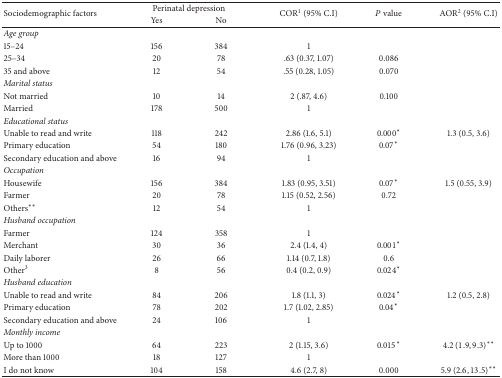
<table><thead><tr><td rowspan="2"><b>Sociodemographic factors</b></td><td colspan="2"><b> Perinatal depression</b></td><td rowspan="2"><b>COR<sup>1</sup> (95% C.I)</b></td><td rowspan="2"><b><i>P</i> value</b></td><td rowspan="2"><b>AOR<sup>2</sup> (95% C.I)</b></td></tr><tr><td><b>Yes</b></td><td><b>No</b></td></tr></thead><tbody><tr><td><i>Age group </i></td><td> </td><td> </td><td> </td><td> </td><td> </td></tr><tr><td>15–24</td><td>156</td><td>384</td><td>1</td><td> </td><td> </td></tr><tr><td>25–34</td><td>20</td><td>78</td><td>.63 (0.37, 1.07)</td><td>0.086</td><td> </td></tr><tr><td>35 and above</td><td>12</td><td>54</td><td>.55 (0.28, 1.05)</td><td>0.070</td><td> </td></tr><tr><td><i>Marital status </i></td><td> </td><td> </td><td> </td><td> </td><td> </td></tr><tr><td>Not married</td><td>10</td><td>14</td><td>2 (.87, 4.6)</td><td>0.100</td><td> </td></tr><tr><td>Married</td><td>178</td><td>500</td><td>1</td><td> </td><td> </td></tr><tr><td><i>Educational status</i></td><td> </td><td> </td><td> </td><td> </td><td> </td></tr><tr><td>Unable to read and write</td><td>118</td><td>242</td><td>2.86 (1.6, 5.1)</td><td>0.000<sup><i>∗</i></sup></td><td>1.3 (0.5, 3.6)</td></tr><tr><td>Primary education</td><td>54</td><td>180</td><td>1.76 (0.96, 3.23)</td><td>0.07<sup><i>∗</i></sup></td><td> </td></tr><tr><td>Secondary education and above</td><td>16</td><td>94</td><td>1</td><td> </td><td> </td></tr><tr><td><i>Occupation </i></td><td> </td><td> </td><td> </td><td> </td><td> </td></tr><tr><td>Housewife</td><td>156</td><td>384</td><td>1.83 (0.95, 3.51)</td><td>0.07<sup><i>∗</i></sup></td><td>1.5 (0.55, 3.9)</td></tr><tr><td>Farmer</td><td>20</td><td>78</td><td>1.15 (0.52, 2.56)</td><td>0.72</td><td> </td></tr><tr><td>Others<sup><i>∗∗</i></sup></td><td>12</td><td>54</td><td>1</td><td> </td><td> </td></tr><tr><td><i>Husband occupation </i></td><td> </td><td> </td><td> </td><td> </td><td> </td></tr><tr><td>Farmer</td><td>124</td><td>358</td><td>1</td><td> </td><td> </td></tr><tr><td>Merchant</td><td>30</td><td>36</td><td>2.4 (1.4, 4)</td><td>0.001<sup><i>∗</i></sup></td><td> </td></tr><tr><td>Daily laborer</td><td>26</td><td>66</td><td>1.14 (0.7, 1.8)</td><td>0.6</td><td> </td></tr><tr><td>Other<sup>3</sup></td><td>8</td><td>56</td><td>0.4 (0.2, 0.9)</td><td>0.024<sup><i>∗</i></sup></td><td> </td></tr><tr><td><i>Husband education </i></td><td> </td><td> </td><td> </td><td> </td><td> </td></tr><tr><td>Unable to read and write</td><td>84</td><td>206</td><td>1.8 (1.1, 3)</td><td>0.024<sup><i>∗</i></sup></td><td>1.2 (0.5, 2.8)</td></tr><tr><td>Primary education</td><td>78</td><td>202</td><td>1.7 (1.02, 2.85)</td><td>0.04<sup><i>∗</i></sup></td><td> </td></tr><tr><td>Secondary education and above</td><td>24</td><td>106</td><td>1</td><td> </td><td> </td></tr><tr><td><i>Monthly income </i></td><td> </td><td> </td><td> </td><td> </td><td> </td></tr><tr><td>Up to 1000</td><td>64</td><td>223</td><td>2 (1.15, 3.6)</td><td>0.015<sup><i>∗</i></sup></td><td>4.2 (1.9,9.3)<sup><i>∗∗</i></sup></td></tr><tr><td>More than 1000</td><td>18</td><td>127</td><td>1</td><td> </td><td> </td></tr><tr><td>I do not know</td><td>104</td><td>158</td><td>4.6 (2.7, 8)</td><td>0.000</td><td>5.9 (2.6,13.5)<sup><i>∗∗</i></sup></td></tr></tbody></table>